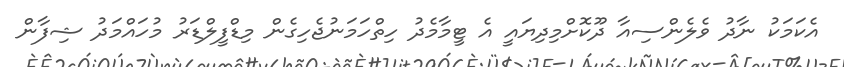
އެކަމަކު ނާދު ވެލެންސިއާ ދޫކޮށްމިދިޔައީ އެ ޓީމާމެދު ހިތްހަމަނުޖެހިގެން މިޑްފީލްޑަރު މުހައްމަދު ޝިފާން